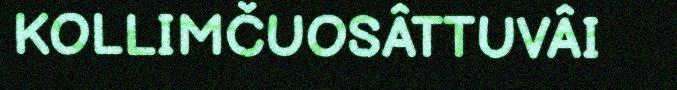
KOLLIMČUOSÂTTUVÂI